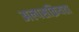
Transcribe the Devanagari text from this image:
अल्पसक्रियता